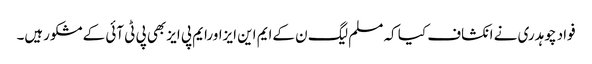
فواد چوہدری نے انکشاف کیا کہ مسلم لیگ ن کےایم این ایزاورایم پی ایزبھی پی ٹی آئی کےمشکورہیں۔